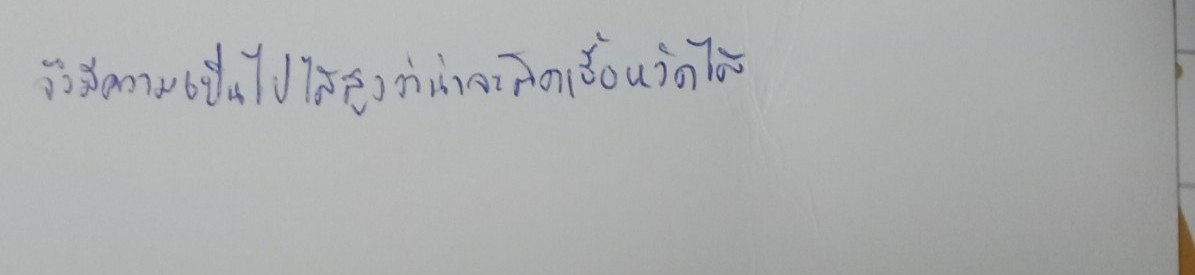
จึงมีความเป็นไปได้สูงว่าน่าจะติดเชื้อหวัดได้